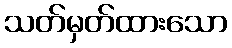
သတ်မှတ်ထားသော